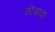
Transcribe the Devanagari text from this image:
तोडावा